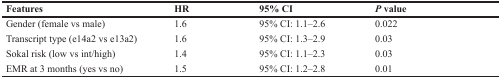
<table><thead><tr><td><b>Features</b></td><td><b>HR</b></td><td><b>95% CI</b></td><td><b><i>P</i> value</b></td></tr></thead><tbody><tr><td>Gender (female vs male)</td><td>1.6</td><td>95% CI: 1.1–2.6</td><td>0.022</td></tr><tr><td>Transcript type (e14a2 vs e13a2)</td><td>1.6</td><td>95% CI: 1.3–2.9</td><td>0.03</td></tr><tr><td>Sokal risk (low vs int/high)</td><td>1.4</td><td>95% CI: 1.1–2.3</td><td>0.03</td></tr><tr><td>EMR at 3 months (yes vs no)</td><td>1.5</td><td>95% CI: 1.2–2.8</td><td>0.01</td></tr></tbody></table>